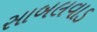
સાબલવાડ